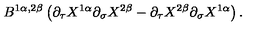
B ^ { 1 \alpha , 2 \beta } \left( \partial _ { \tau } X ^ { 1 \alpha } \partial _ { \sigma } X ^ { 2 \beta } - \partial _ { \tau } X ^ { 2 \beta } \partial _ { \sigma } X ^ { 1 \alpha } \right) .